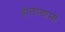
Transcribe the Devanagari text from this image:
होलोग्रामों